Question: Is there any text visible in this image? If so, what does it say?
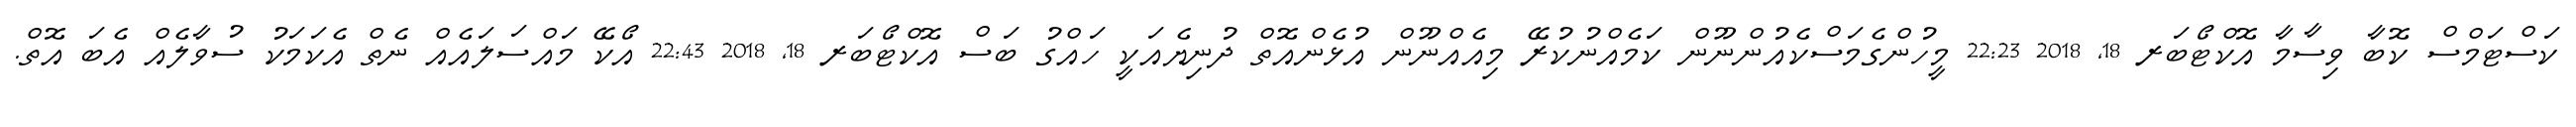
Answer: ކަސްޓަމްސް ކޮބާ ވިސާމާ އޮކްޓޯބަރ 18, 2018 22:23 މީހުންގެމަސްކެއުންނޫން ކަމެއްނުކުރޭ މިއެއްނޫން އުޅެންއޮތް ދުނިޔެއަކީ ހައްގު ބަސް އޮކްޓޯބަރ 18, 2018 22:43 އޯކޭ މައްސަލައެއް ނެތް އެކަމަކު ސުވާލެއް އެބަ އޮތް.